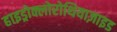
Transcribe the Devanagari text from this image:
हाइड्रोक्लोरोथियाज़ाइड